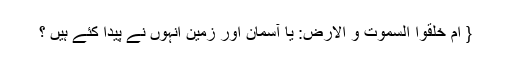
{ اَمْ خَلَقُوا السَّمٰوٰتِ وَ الْاَرْضَ: یا آسمان اور زمین انہوں نے پیدا کئے ہیں ؟